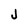
Character: J